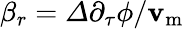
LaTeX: \beta_{r}=\varDelta{{\partial_{\tau}\phi}/{\mathbf{v}_{\mathrm{{m}}}}}